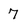
Character: 7